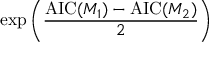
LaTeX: \exp \left( { \frac { \operatorname { A I C } ( M _ { 1 } ) - \operatorname { A I C } ( M _ { 2 } ) } { 2 } } \right)